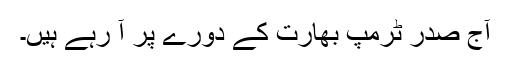
آج صدر ٹرمپ بھارت کے دورے پر آ رہے ہیں۔